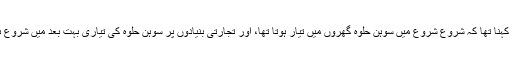
ان کا کہنا تھا کہ شروع شروع میں سوہن حلوہ گھروں میں تیار ہوتا تھا، اور تجارتی بنیادوں پر سوہن حلوہ کی تیاری بہت بعد میں شروع ہوئی۔